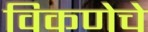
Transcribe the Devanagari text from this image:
विकणेचे